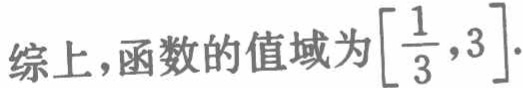
综上，函数的值域为\(\left[\dfrac{1}{3},3\right]\).